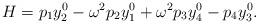
LaTeX: \begin{align*} H = p_1 y_2^0 - \omega^2 p_2 y_1^0 + \omega^2 p_3 y_4^0 - p_4 y_3^0. \end{align*}